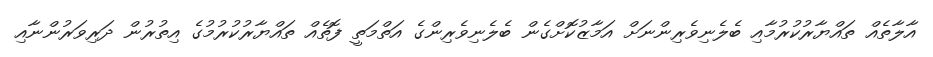
އާލާތެއް ތައްޔާރުކުރުމާއި ބެލެނިވެރިންނަށް އަމާޒުކޮށްގެން ބެލެނިވެރިންގެ އަތްމަތީ ފޮތެއް ތައްޔާރުކުރުމުގެ އިތުރުން ދަރިވަރުންނާއި